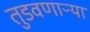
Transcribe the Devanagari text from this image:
तुडवणाऱ्या